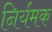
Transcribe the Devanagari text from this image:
निर्यमक